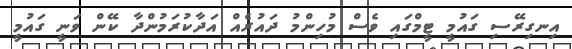
އިނގިރޭސި ގައުމީ ޓީމްގައި ވެސް މުހިންމު ދައުރެއް އަދާކުރަމުންދާ ކޭން ވަނީ ގައުމީ